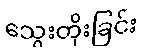
သွေးတိုးခြင်း